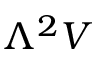
\Lambda ^ { 2 } V